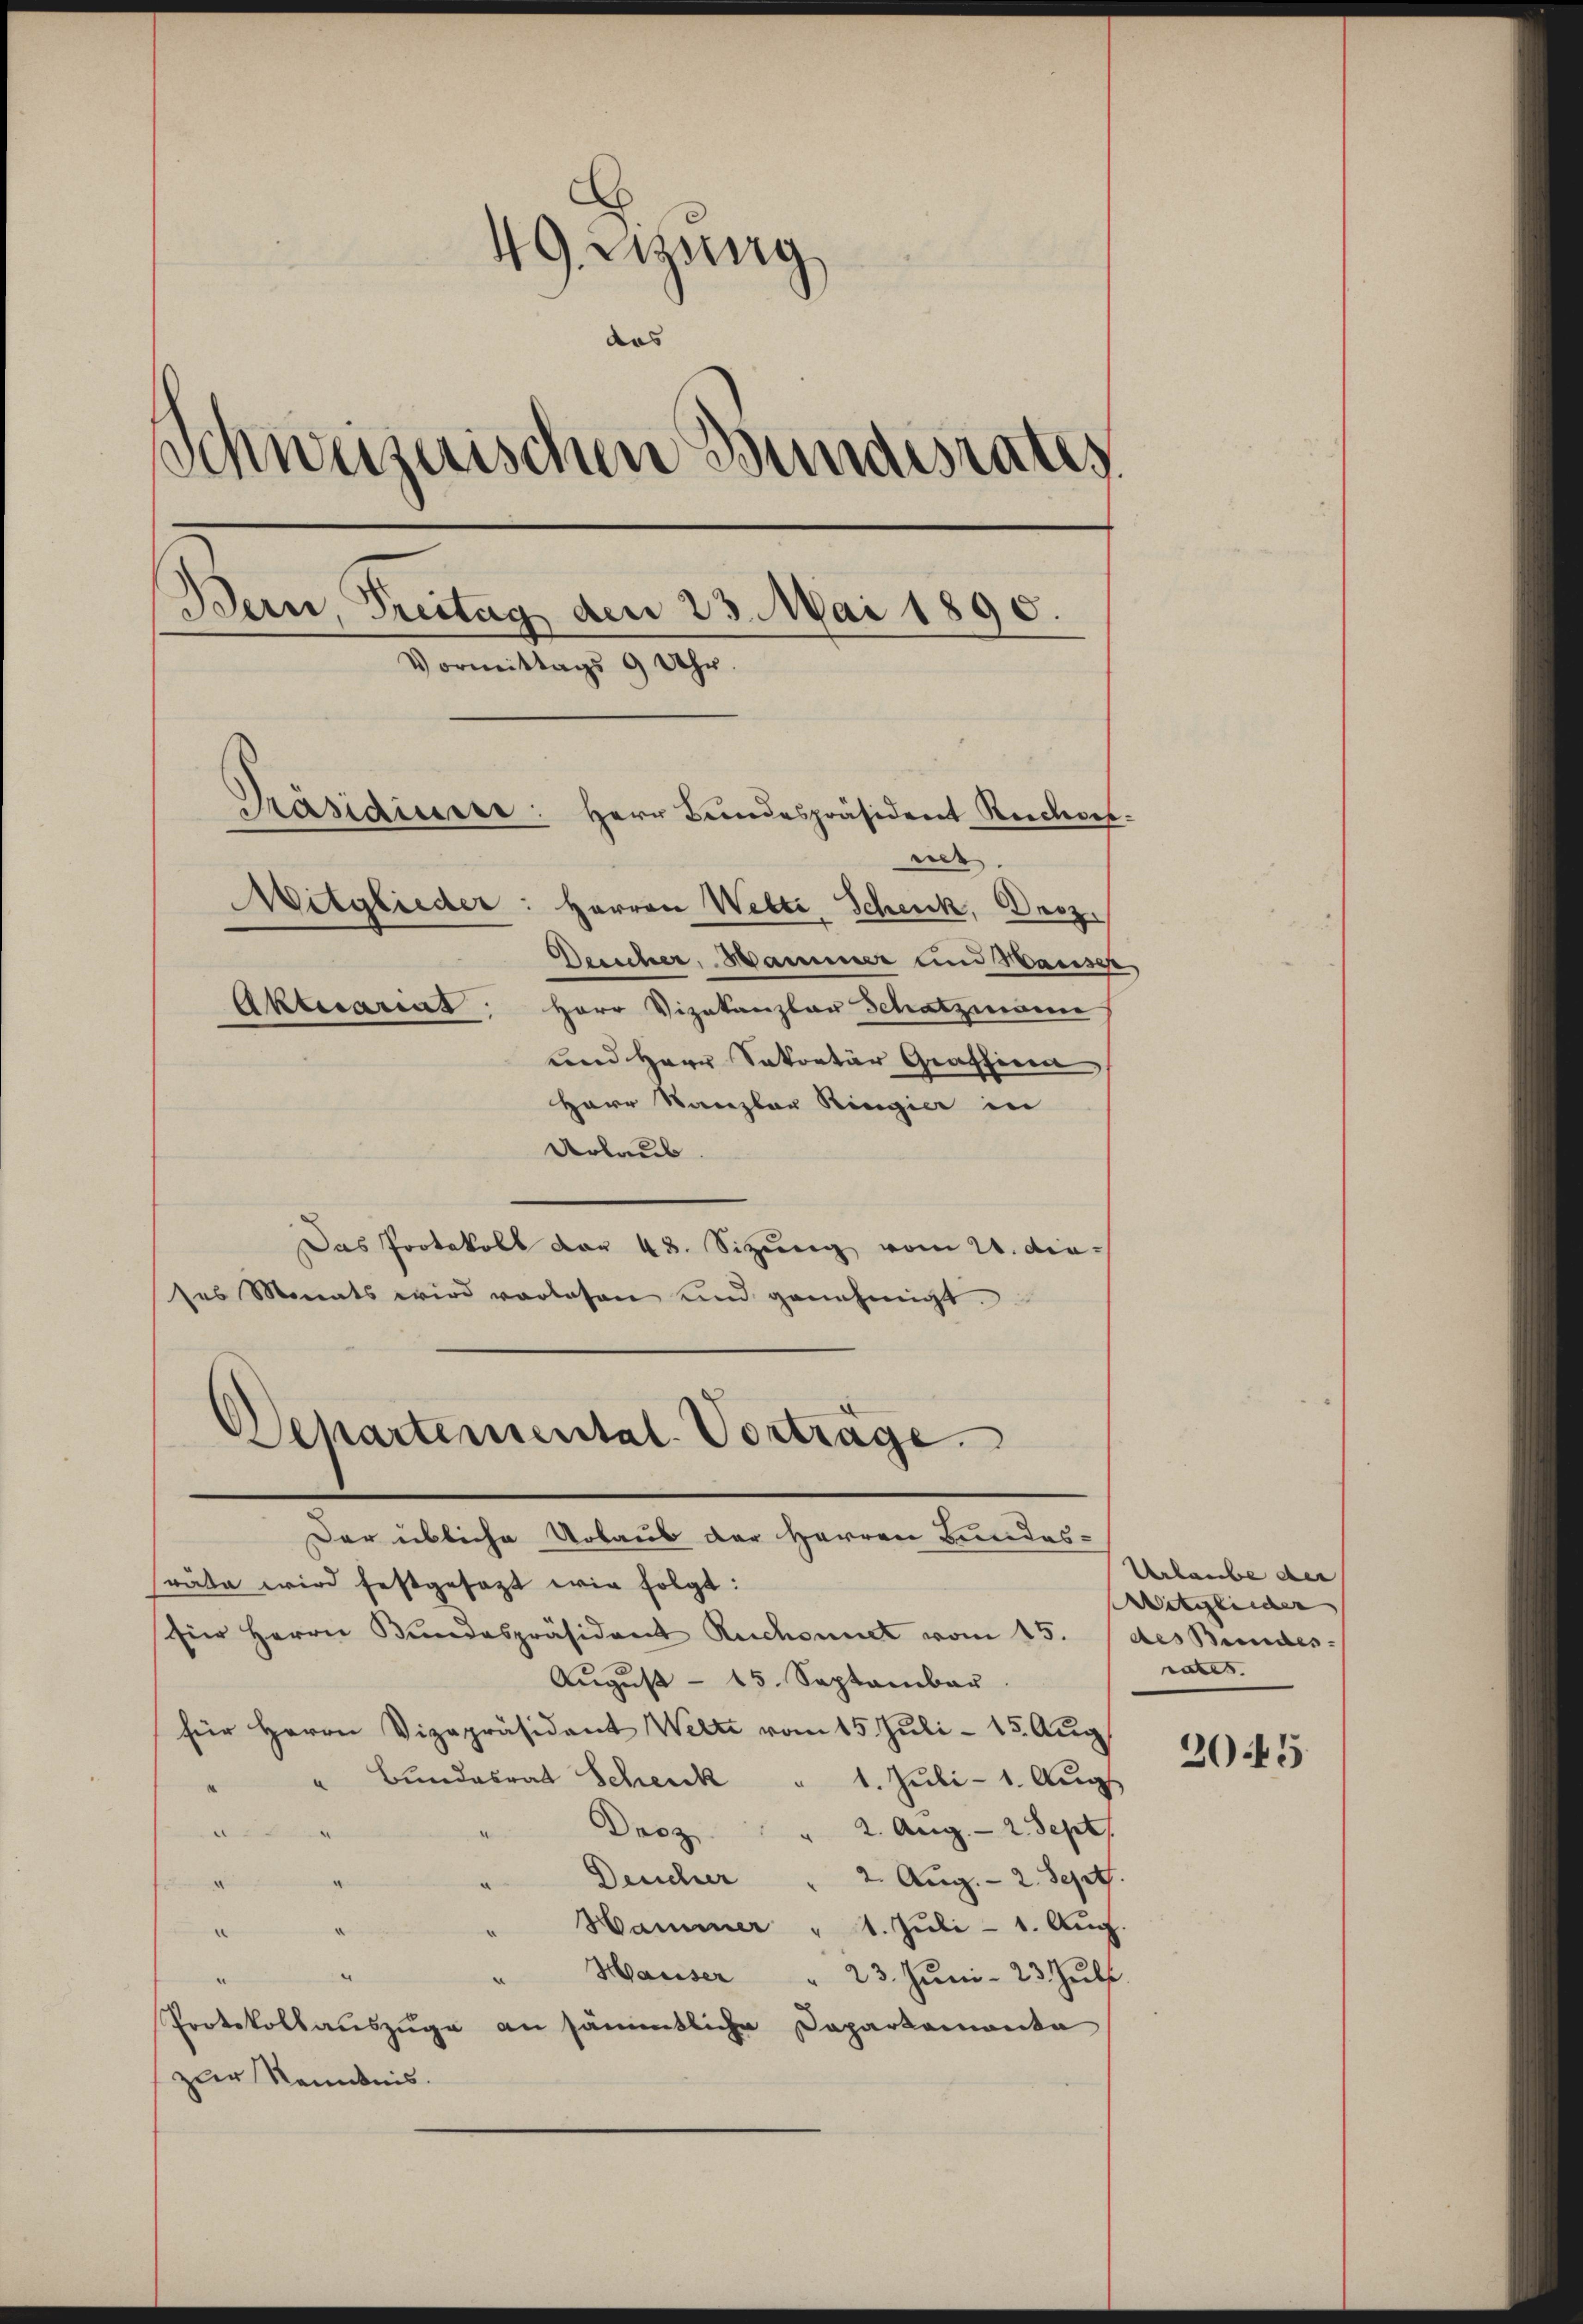
49. Lezung
das
e
Schweizerischen Bundesrates
Bern, Treitag den 23. Mai 1890.
Vormittags 9 Uhr.
Präsidium
Herr Bundespräsident Reicher
nes.
Mitglieder: Herren Welti, Schenk, Droz.
Deescher, Hammer und Hauser,
Aktuarias Herr Vizekanzlar Schatzmann
und Herr Sekretär Graffina

Herr Kanzler Ringier in
Urlaub
Das Protokoll der 48. Sizung vom 21. dieses Monats wird vorlesen und genehmigt.
Der übliche Urbaus der Herren Bundes-
sräte wird festgesezt wir folgt:
fier Herrn Bundespräsident Ruchennet vom 15. des Bundes-
Aŭgŭst - 15. September.
für Herrn Vizepräsident Welti vom 15. Juli - 15. Aug.
Bundesrat Schenk
1. Juli - 1. Aug
.
Dasz
" 2. Aug. - 2. Sept.
Deucher
2. Aug. - 2. Sept.
A
d
Hammer " 1. Juli - 1. Aug.
.
¬
Hauser " 23. Jŭni - 23. Juli.

e
Protokollauszüge an sämmtliche Dapartemonta
zur Kenntnis.

Departemental. Vortrage

Urlaube der
Witglieder
rates. |

3045